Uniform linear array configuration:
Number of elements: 32
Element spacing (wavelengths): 1
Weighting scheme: cosine
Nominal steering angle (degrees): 0
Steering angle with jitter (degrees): -1.298
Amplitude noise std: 0.05
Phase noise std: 0.05

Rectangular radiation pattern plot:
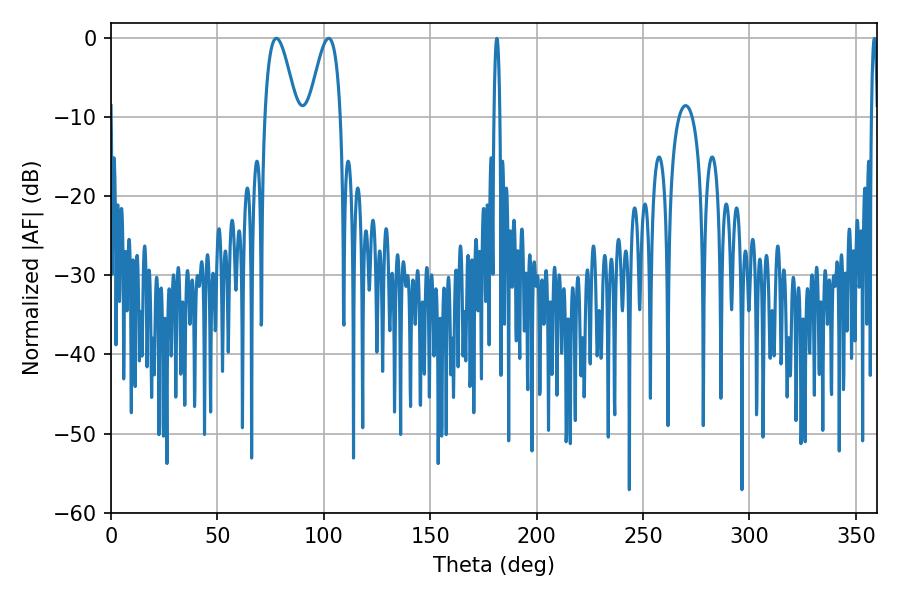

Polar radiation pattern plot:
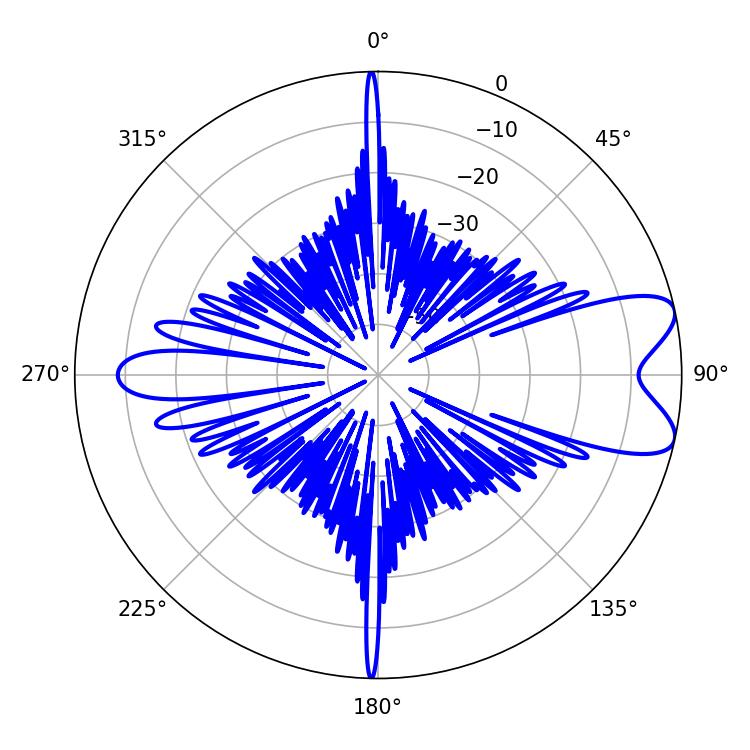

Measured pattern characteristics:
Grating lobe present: TRUE
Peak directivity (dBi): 8.409
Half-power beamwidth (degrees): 8.1
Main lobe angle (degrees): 77.76